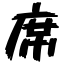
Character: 席